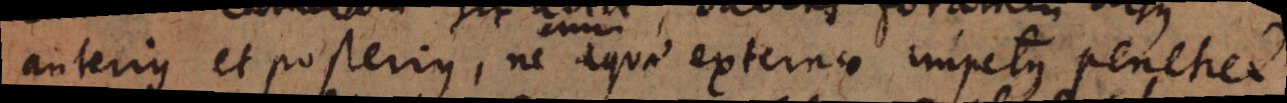
anterius et posterius, ne aquae externae impetus penetret